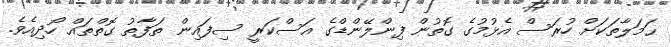
ޙަމަލާތަކަށް ހުރަސް އެޅުމުގެ ގޮތުން ފިންލޭންޑްގެ އަސްކަރީ ސިފައިން ތަފާތު ގޮތްތައް ހޯދިއެވެ.